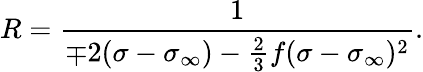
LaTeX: R=\frac{1}{\mp 2(\sigma-\sigma_{\infty})-\frac{2}{3}f(\sigma-\sigma_{\infty})^{2}}.